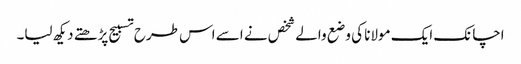
اچانک ایک مولانا کی وضع والے شخص نے اسے اس طرح تسبیح پڑھتے دیکھ لیا۔